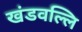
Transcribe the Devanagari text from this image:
खंडवल्लि